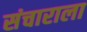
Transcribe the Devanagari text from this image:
संचाराला